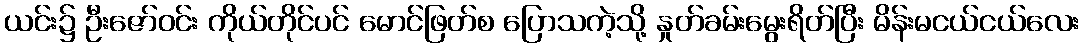
ယင်း၌ ဦးဇော်ဝင်း ကိုယ်တိုင်ပင် မောင်ဖြတ်စ ပြောသကဲ့သို့ နှုတ်ခမ်းမွေးရိတ်ပြီး မိန်းမငယ်ငယ်လေး